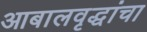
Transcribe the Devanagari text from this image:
आबालवृद्धांचा